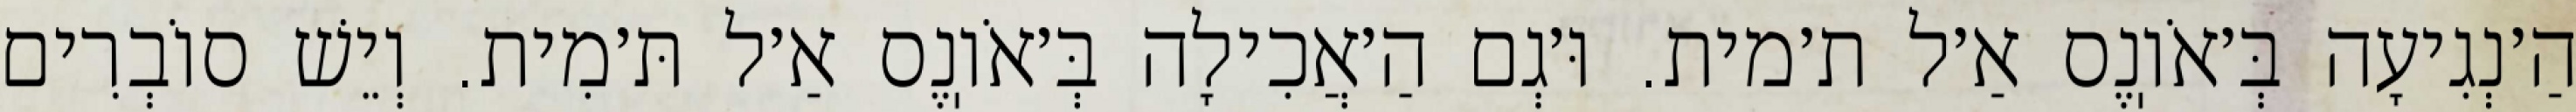
הַ׳נְגִיעָה בְּ׳אֹוֽנֶס אַ׳ל ת׳מית. וּ׳גְם הַ׳אֲכִילָה בְּ׳אֹוֽנֶס אַ׳ל תּ׳מִית. וְיֵשׁ סוֹבְרִים